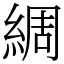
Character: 綢